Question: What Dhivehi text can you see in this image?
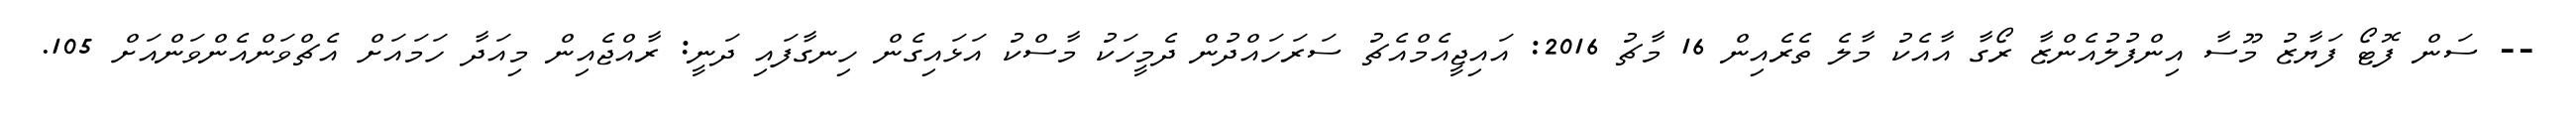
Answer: -- ސަން ފޮޓޯ ފަޔާޒު މޫސާ އިންފުލުއެންޒާ ރޯގާ އާއެކު މާލެ ތެރެއިން 16 މާޗު 2016: އައިޖީއެމްއެޗު ސަރަހައްދުން ދެމީހަކު މާސްކު އަޅައިގެން ހިނގާފައި ދަނީ: ރާއްޖެއިން މިއަދާ ހަމައަށް އެޗްވަންއެންވަންއަށް 105.